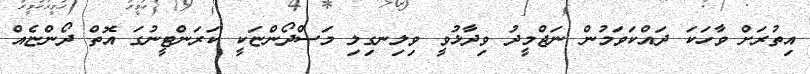
އިތުރަށް ވާހަކަ ދައްކަވަމުން ނަޖްމީދު ވިދާޅުވީ ވިލިނގިލި މަސްދޯންޏަކީ ކަރަންޓީނުގަ އޮތް ދޯންޏެއް